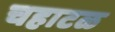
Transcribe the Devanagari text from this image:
चहाटळ